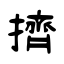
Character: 擠